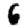
Digit: 6